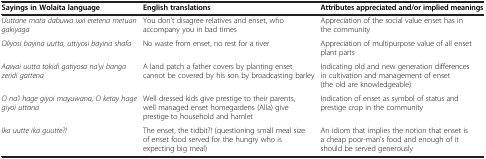
<table><thead><tr><td><b>Sayings in Wolaita language</b></td><td><b>English translations</b></td><td><b>Attributes appreciated and/or implied meanings</b></td></tr></thead><tbody><tr><td><i>Uuttane mata dabuwa ixxi eretena metuan gakiyaga</i></td><td>You don&#x27;t disagree relatives and enset, who accompany you in bad times</td><td>Appreciation of the social value enset has in the community</td></tr><tr><td><i>Oliyosi bayina uutta, uttiyosi bayina shafa</i></td><td>No waste from enset, no rest for a river</td><td>Appreciation of multipurpose value of all enset plant parts</td></tr><tr><td><i>Aawai uutta tokidi gatiyosa na&#x27;yi banga zeridi gattena</i></td><td>A land patch a father covers by planting enset cannot be covered by his son by broadcasting barley</td><td>Indicating old and new generation differences in cultivation and management of enset (the old are knowledgeable)</td></tr><tr><td><i>O na&#x27;i hage giyoi mayuwana, O ketay hage giyoi uttana</i></td><td>Well dressed kids give prestige to their parents, well managed enset homegardens (Alla) give prestige to household and hamlet</td><td>Indication of enset as symbol of status and prestige crop in the community</td></tr><tr><td><i>Ika uutte ika guutte?!</i></td><td>The enset, the tidbit?! (questioning small meal size of enset food served for the hungry who is expecting big meal)</td><td>An idiom that implies the notion that enset is a cheap poor-man&#x27;s food and enough of it should be served generously</td></tr></tbody></table>